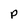
Character: p